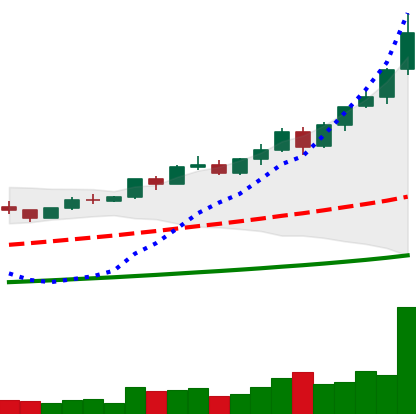
Ticker: BNB-USD
Chart end date: 2021-04-12
Forward return: -13.079%
Label: down_7plus